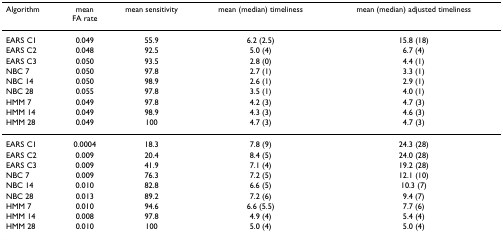
<table><thead><tr><td><b>Algorithm</b></td><td><b>meanFA rate</b></td><td><b>mean sensitivity</b></td><td><b>mean (median) timeliness</b></td><td><b>mean (median) adjusted timeliness</b></td></tr></thead><tbody><tr><td>EARS C1</td><td>0.049</td><td>55.9</td><td>6.2 (2.5)</td><td>15.8 (18)</td></tr><tr><td>EARS C2</td><td>0.048</td><td>92.5</td><td>5.0 (4)</td><td>6.7 (4)</td></tr><tr><td>EARS C3</td><td>0.050</td><td>93.5</td><td>2.8 (0)</td><td>4.4 (1)</td></tr><tr><td>NBC 7</td><td>0.050</td><td>97.8</td><td>2.7 (1)</td><td>3.3 (1)</td></tr><tr><td>NBC 14</td><td>0.050</td><td>98.9</td><td>2.6 (1)</td><td>2.9 (1)</td></tr><tr><td>NBC 28</td><td>0.055</td><td>97.8</td><td>3.5 (1)</td><td>4.0 (1)</td></tr><tr><td>HMM 7</td><td>0.049</td><td>97.8</td><td>4.2 (3)</td><td>4.7 (3)</td></tr><tr><td>HMM 14</td><td>0.049</td><td>98.9</td><td>4.3 (3)</td><td>4.6 (3)</td></tr><tr><td>HMM 28</td><td>0.049</td><td>100</td><td>4.7 (3)</td><td>4.7 (3)</td></tr><tr><td>EARS C1</td><td>0.0004</td><td>18.3</td><td>7.8 (9)</td><td>24.3 (28)</td></tr><tr><td>EARS C2</td><td>0.009</td><td>20.4</td><td>8.4 (5)</td><td>24.0 (28)</td></tr><tr><td>EARS C3</td><td>0.009</td><td>41.9</td><td>7.1 (4)</td><td>19.2 (28)</td></tr><tr><td>NBC 7</td><td>0.009</td><td>76.3</td><td>7.2 (5)</td><td>12.1 (10)</td></tr><tr><td>NBC 14</td><td>0.010</td><td>82.8</td><td>6.6 (5)</td><td>10.3 (7)</td></tr><tr><td>NBC 28</td><td>0.013</td><td>89.2</td><td>7.2 (6)</td><td>9.4 (7)</td></tr><tr><td>HMM 7</td><td>0.010</td><td>94.6</td><td>6.6 (5.5)</td><td>7.7 (6)</td></tr><tr><td>HMM 14</td><td>0.008</td><td>97.8</td><td>4.9 (4)</td><td>5.4 (4)</td></tr><tr><td>HMM 28</td><td>0.010</td><td>100</td><td>5.0 (4)</td><td>5.0 (4)</td></tr></tbody></table>